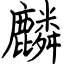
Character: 麟